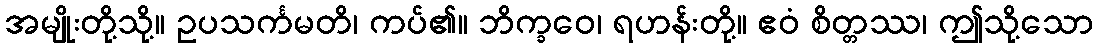
အမျိုးတို့သို့။ ဥပသင်္ကမတိ၊ ကပ်၏။ ဘိက္ခဝေ၊ ရဟန်းတို့။ ဧဝံ စိတ္တဿ၊ ဤသို့သော